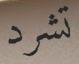
تشرد